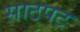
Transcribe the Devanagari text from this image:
साठपट